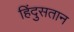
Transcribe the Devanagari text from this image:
हिंदुसतान